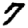
Digit: 7